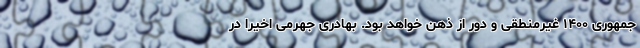
جمهوری ۱۴۰۰ غیرمنطقی و دور از ذهن خواهد بود. بهادری جهرمی اخیرا در